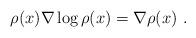
LaTeX: \begin{align*}\rho(x) \nabla \log \rho(x) = \nabla \rho(x)\ .\end{align*}